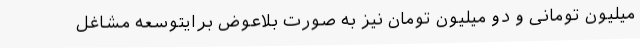
میلیون تومانی و دو میلیون تومان نیز به صورت بلاعوض برایتوسعه مشاغل